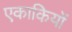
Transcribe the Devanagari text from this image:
एकाकियों